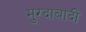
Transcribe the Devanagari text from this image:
मुरदाबादी